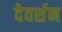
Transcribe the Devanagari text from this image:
देवर्शन